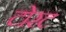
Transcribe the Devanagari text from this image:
टोरट